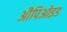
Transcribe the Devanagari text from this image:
औपिओइड